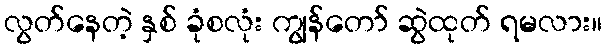
လွတ်နေတဲ့ နှစ် ခုံစလုံး ကျွန်တော် ဆွဲထုတ် ရမလား။